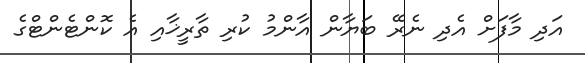
އަދި މާފަށް އެދި ނެރޭ ބަޔާން އާންމު ކުރި ތާރީޚާއި އެ ކޮންޓެންޓްގެ